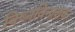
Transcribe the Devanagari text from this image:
विघ्नविनाशक